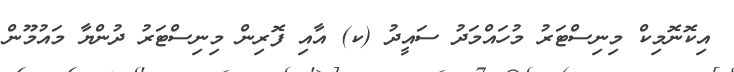
އިކޮނޮމިކް މިނިސްޓަރު މުހައްމަދު ސައީދު (ކ) އާއި ފޮރިން މިނިސްޓަރު ދުންޔާ މައުމޫން